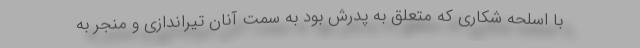
با اسلحه شکاری که متعلق به پدرش بود به سمت آنان تیراندازی و منجر به